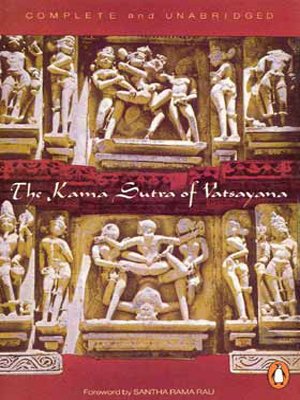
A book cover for Kama Sutra of Vatsayana; Vatsayana; Religion & Spirituality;